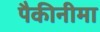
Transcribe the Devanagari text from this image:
पैकीनीमा